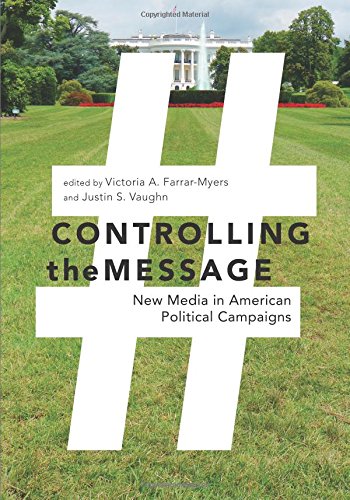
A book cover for Controlling the Message: New Media in American Political Campaigns; Justin S. Vaughn; Health, Fitness & Dieting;